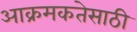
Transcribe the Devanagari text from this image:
आक्रमकतेसाठी